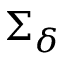
\Sigma _ { \delta }